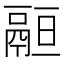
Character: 𩰵